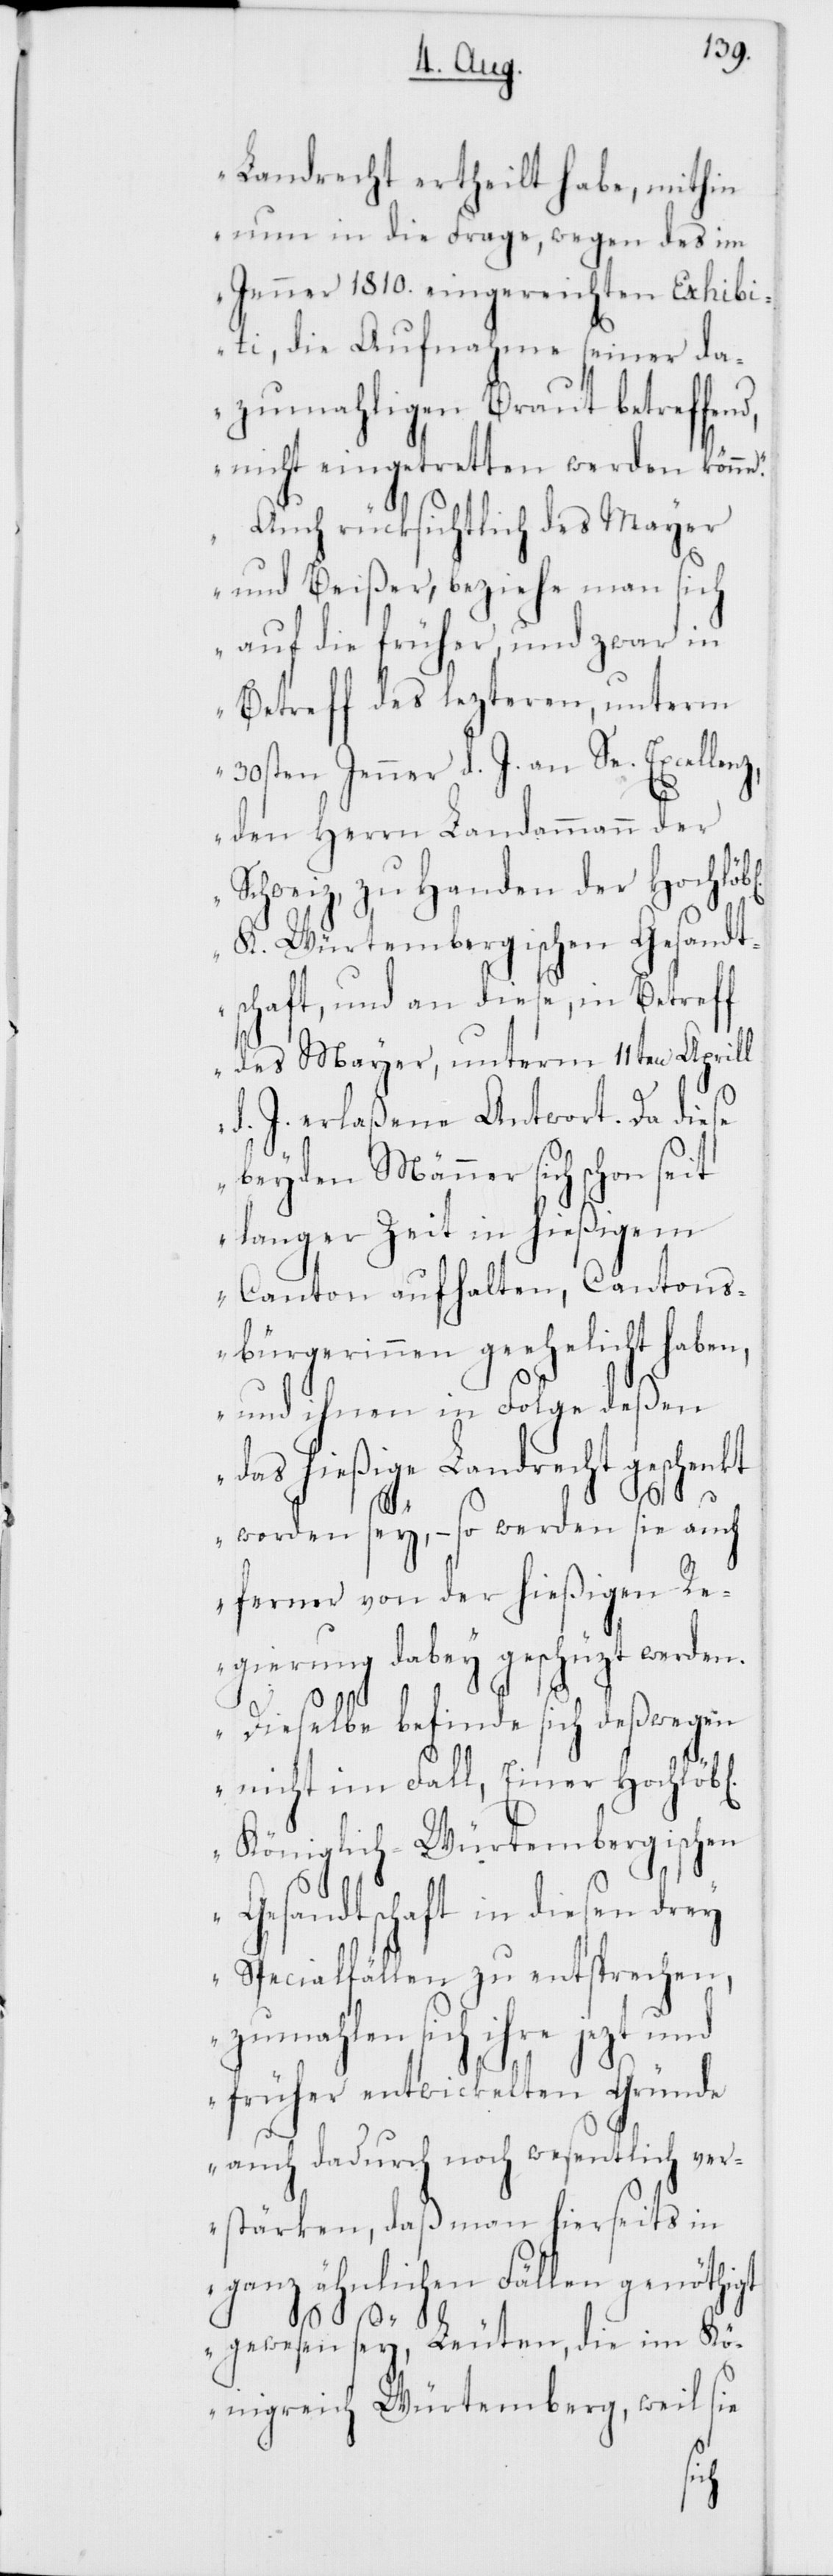
Landrecht ertheilt habe, mithin
nun in die Frage, wegen des im
Jenner 1810. eingereichten Exhibit¬
i, die Aufnahme seiner da¬
zumahligen Braut betreffen¬
nicht eingetretten werden könn¬
„Auch rücksichtlich des Mayer
und Beißer, beziehe man sich
auf die früher, und zwar in
Betreff des lezteren, unterm
30sten Jenner d. J. an Se. Excellen¬
z, den Herrn Landammann der
Schweiz, zu Handen der Hochlöb¬
K. Würtemberischen Gesandt¬
schaft, und an diese, in Betreff
des Mayer, unterm 11ten Aprill
d. J. erlaßene Antwort. Da diese
beyden Männer sich schon seit
langer Zeit in hießigem
Canton aufhalten, Cantons¬
bürgerinnen geehelicht haben,
und ihnen in Folge deßen
das hießige Landrecht geschenkt
l[ichen]
d,
worden sey, – so werden sie auch
ferner von der hießigen Re¬
gierung dabey geschüzt werden.
Dieselbe befinde sich deßwegen
nicht im Fall, Einer Hochlöb¬
Königlich-Würtembergischen
Gesandtschaft in diesen
Spezialfällen zu entsprechen,
zumahlen sich ihre jezt und
früher entwickelten Gründe
auch dadurch noch wesentlich ver¬
stärken, daß man hierseits in
ganz ähnlichen Fällen genöthigt
gewesen sey, Leuten, die im Kö¬
nigreich Würtemberg, weil sie